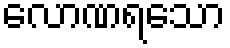
လောဏရသော